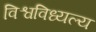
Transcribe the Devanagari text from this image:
विश्वविध्यल्य